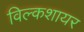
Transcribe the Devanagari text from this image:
विल्कशायर